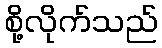
စို့လိုက်သည်